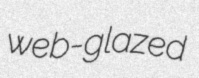
web-glazed